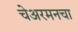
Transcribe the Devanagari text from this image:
चेअरमनचा